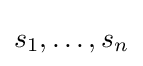
s_{1},\ldots ,s_{n}